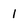
Character: 1